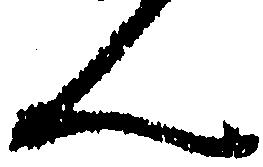
ん